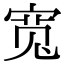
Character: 宽